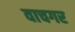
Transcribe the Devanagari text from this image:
वाचगर